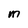
Character: M